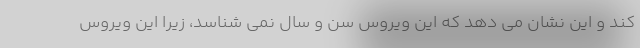
کند و این نشان می دهد که این ویروس سن و سال نمی شناسد، زیرا این ویروس